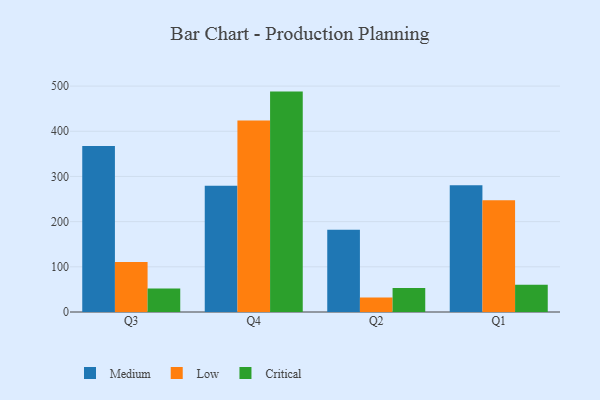
{"axis": {"x": "Quarter", "y": "Website Visitors"}, "legend": ["Critical", "Low", "Medium"], "data": [{"x": "Q3", "y": 367.2, "type": "Medium"}, {"x": "Q3", "y": 110.8, "type": "Low"}, {"x": "Q3", "y": 52.2, "type": "Critical"}, {"x": "Q4", "y": 279.4, "type": "Medium"}, {"x": "Q4", "y": 424.1, "type": "Low"}, {"x": "Q4", "y": 487.8, "type": "Critical"}, {"x": "Q2", "y": 181.8, "type": "Medium"}, {"x": "Q2", "y": 32.2, "type": "Low"}, {"x": "Q2", "y": 53.0, "type": "Critical"}, {"x": "Q1", "y": 280.3, "type": "Medium"}, {"x": "Q1", "y": 247.5, "type": "Low"}, {"x": "Q1", "y": 60.1, "type": "Critical"}]}